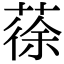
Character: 蒣